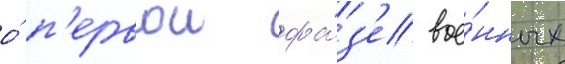
о́ п'ервои фа́з'е вое́нных